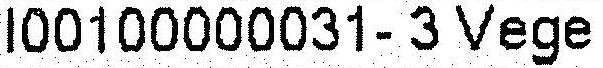
I00100000031- 3 VEGE